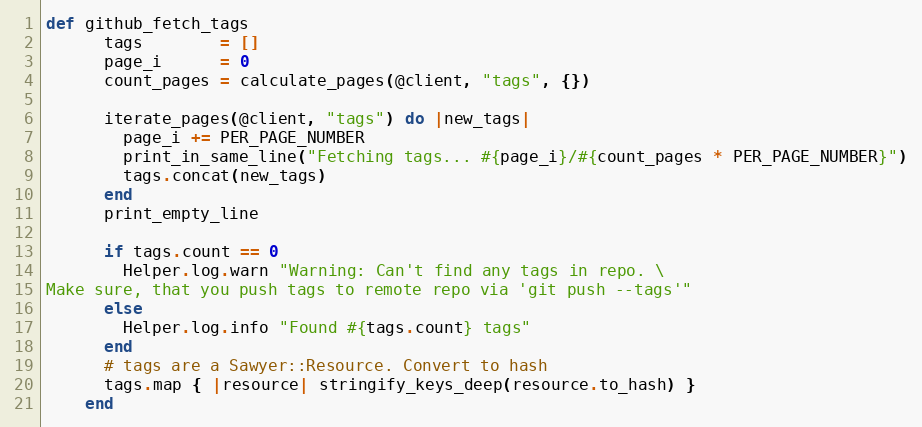
Language: Ruby
def github_fetch_tags
      tags        = []
      page_i      = 0
      count_pages = calculate_pages(@client, "tags", {})

      iterate_pages(@client, "tags") do |new_tags|
        page_i += PER_PAGE_NUMBER
        print_in_same_line("Fetching tags... #{page_i}/#{count_pages * PER_PAGE_NUMBER}")
        tags.concat(new_tags)
      end
      print_empty_line

      if tags.count == 0
        Helper.log.warn "Warning: Can't find any tags in repo. \
Make sure, that you push tags to remote repo via 'git push --tags'"
      else
        Helper.log.info "Found #{tags.count} tags"
      end
      # tags are a Sawyer::Resource. Convert to hash
      tags.map { |resource| stringify_keys_deep(resource.to_hash) }
    end